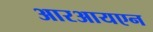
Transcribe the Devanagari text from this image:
आरआयएन